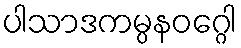
ပါသာဒကမ္ပနဝဂ္ဂေါ